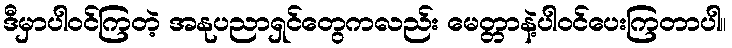
ဒီမှာပါဝင်ကြတဲ့ အနုပညာရှင်တွေကလည်း မေတ္တာနဲ့ပါဝင်ပေးကြတာပါ။